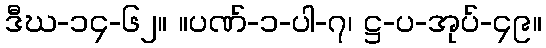
ဒီဃ-၁၄-၆၂။ ။ပဏ်-၁-ပါ-၇၊ ဋ္ဌ-ပ-အုပ်-၄၉။